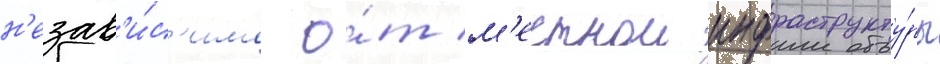
н'езав'и́с'имо о́т м'естнои инфраструкту́ры